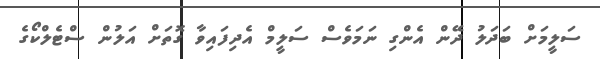
ސަލީމަށް ބަދަލު ދޭން އެންގި ނަމަވެސް ސަލީމް އެދިފައިވާ ގޮތަށް އަލުން ސްޓެލްކޯގެ